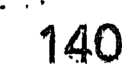
140